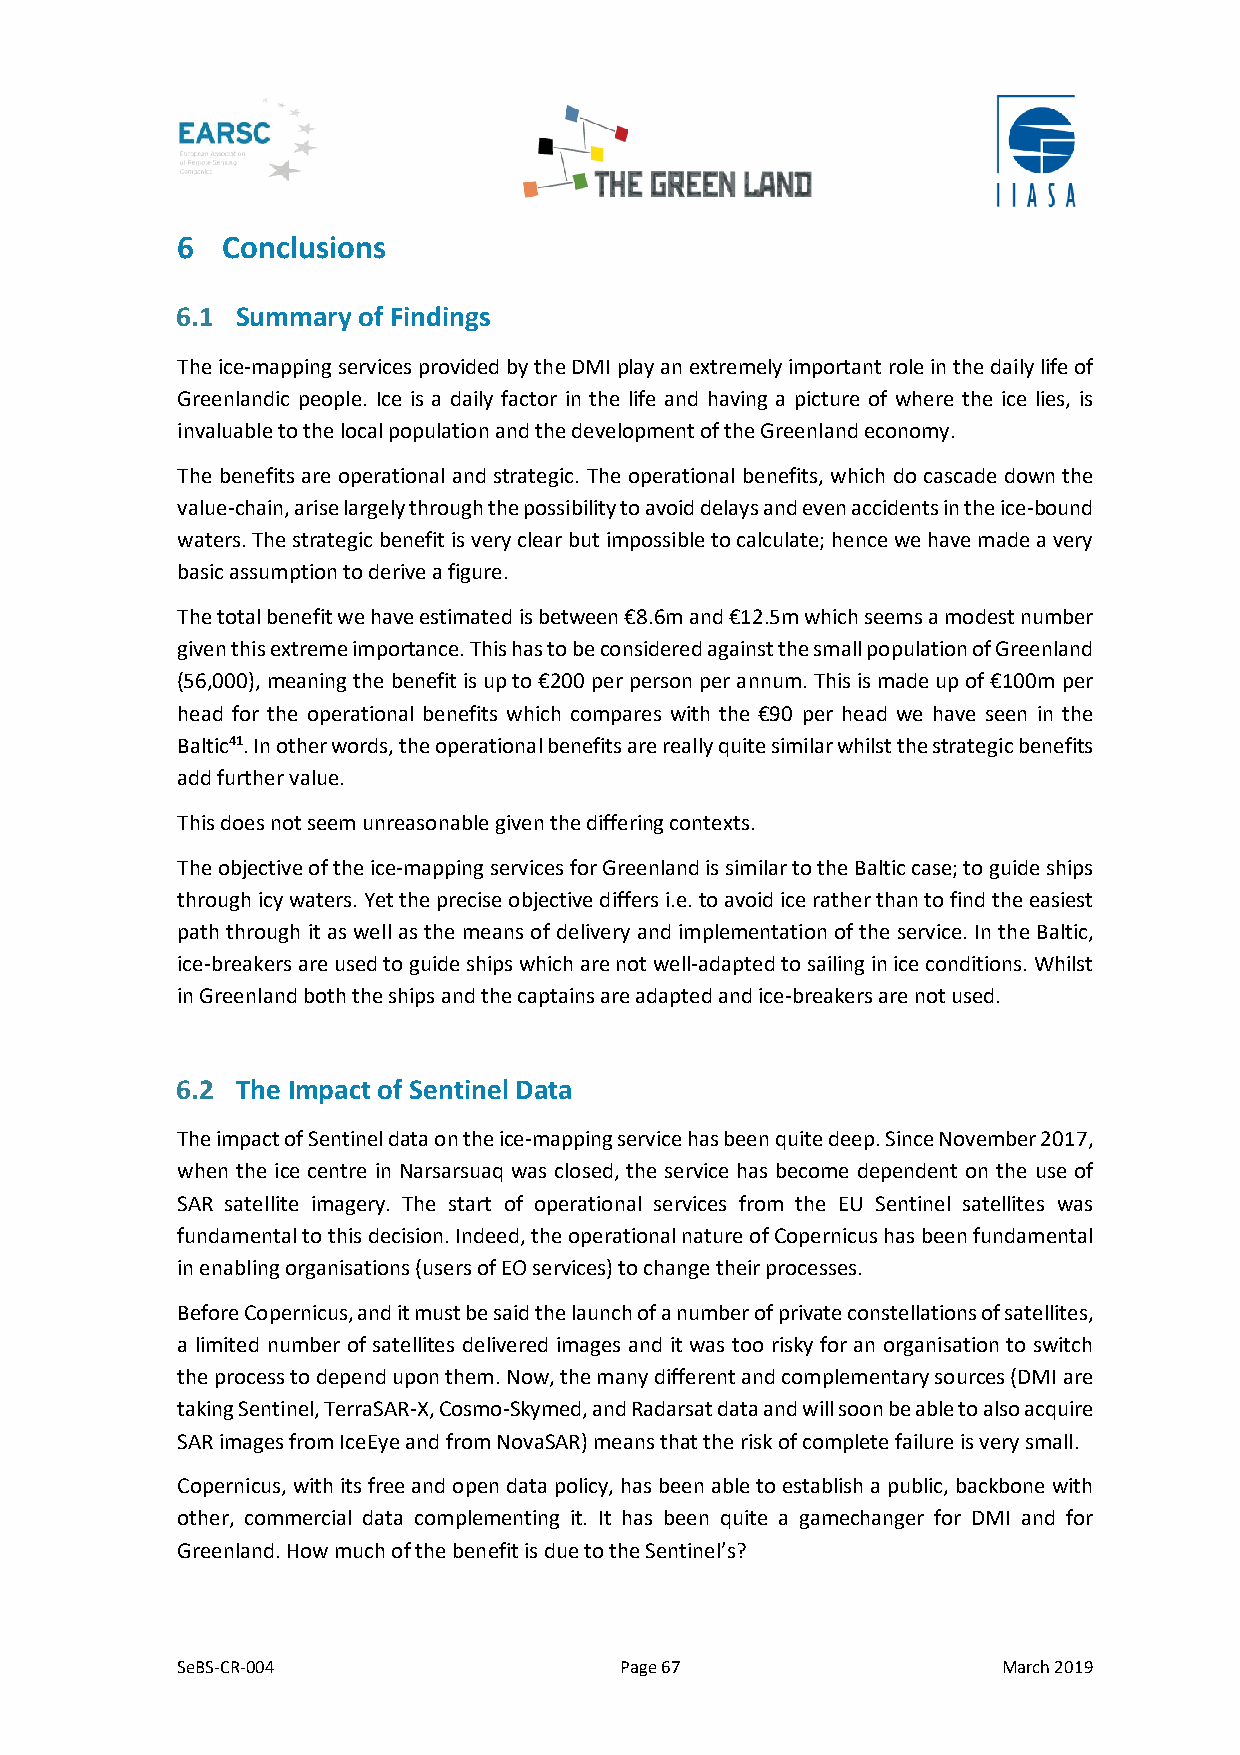
6  Conclusions
 6.1 Summary of Findings
 The ice-mapping services provided by the DMI play an extremely important role in the daily life of
 Greenlandic people. Ice is a daily factor in the life and having a picture of where the ice lies, is
 invaluable to the local population and the development of the Greenland economy.
 The benefits are operational and strategic. The operational benefits, which do cascade down the
 value-chain, arise largely through the possibility to avoid delays and even accidents in the ice-bound
 waters. The strategic benefit is very clear but impossible to calculate; hence we have made a very
 basic assumption to derive a figure.
 The total benefit we have estimated is between €8.6m and €12.5m which seems a modest number
 given this extreme importance. This has to be considered against the small population of Greenland
 (56,000), meaning the benefit is up to €200 per person per annum. This is made up of €100m per
 head for the operational benefits which compares with the €90 per head we have seen in the
 Baltic41. In other words, the operational benefits are really quite similar whilst the strategic benefits
 add further value.
 This does not seem unreasonable given the differing contexts.
 The objective of the ice-mapping services for Greenland is similar to the Baltic case; to guide ships
 through icy waters. Yet the precise objective differs i.e. to avoid ice rather than to find the easiest
 path through it as well as the means of delivery and implementation of the service. In the Baltic,
 ice-breakers are used to guide ships which are not well-adapted to sailing in ice conditions. Whilst
 in Greenland both the ships and the captains are adapted and ice-breakers are not used.
 6.2 The Impact of Sentinel Data
 The impact of Sentinel data on the ice-mapping service has been quite deep. Since November 2017,
 when the ice centre in Narsarsuaq was closed, the service has become dependent on the use of
 SAR satellite imagery. The start of operational services from the EU Sentinel satellites was
 fundamental to this decision. Indeed, the operational nature of Copernicus has been fundamental
 in enabling organisations (users of EO services) to change their processes.
 Before Copernicus, and it must be said the launch of a number of private constellations of satellites,
 a limited number of satellites delivered images and it was too risky for an organisation to switch
 the process to depend upon them. Now, the many different and complementary sources (DMI are
 taking Sentinel, TerraSAR-X, Cosmo-Skymed, and Radarsat data and will soon be able to also acquire
 SAR images from IceEye and from NovaSAR) means that the risk of complete failure is very small.
 Copernicus, with its free and open data policy, has been able to establish a public, backbone with
 other, commercial data complementing it. It has been quite a gamechanger for DMI and for
 Greenland. How much of the benefit is due to the Sentinel’s?
 SeBS-CR-004                  Page 67                  March 2019